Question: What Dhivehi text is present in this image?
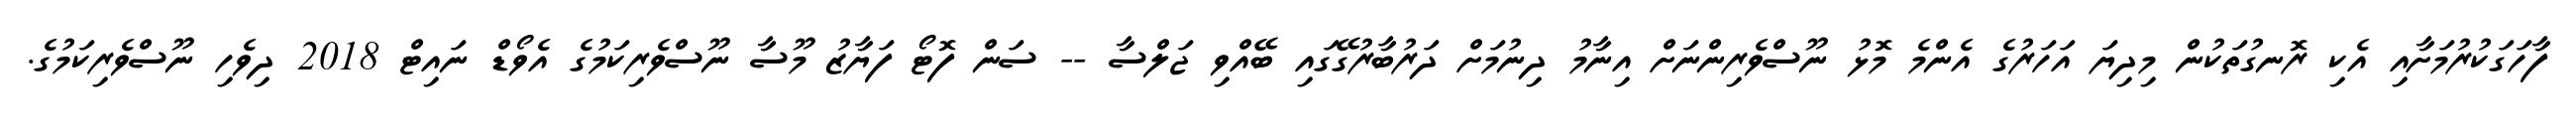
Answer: ފާހަގަކުރުމަށާއި އެކި ރޮނގުތަކުން މިދިޔަ އަހަރުގެ އެންމެ މޮޅު ނޫސްވެރިންނަށް އިނާމު ދިނުމަށް ދަރުބާރުގޭގައި ބޭއްވި ޖަލްސާ -- ސަން ފޮޓޯ ފަޔާޒު މޫސާ ނޫސްވެރިކަމުގެ އެވޯޑް ނައިޓް 2018 ދިވެހި ނޫސްވެރިކަމުގެ.